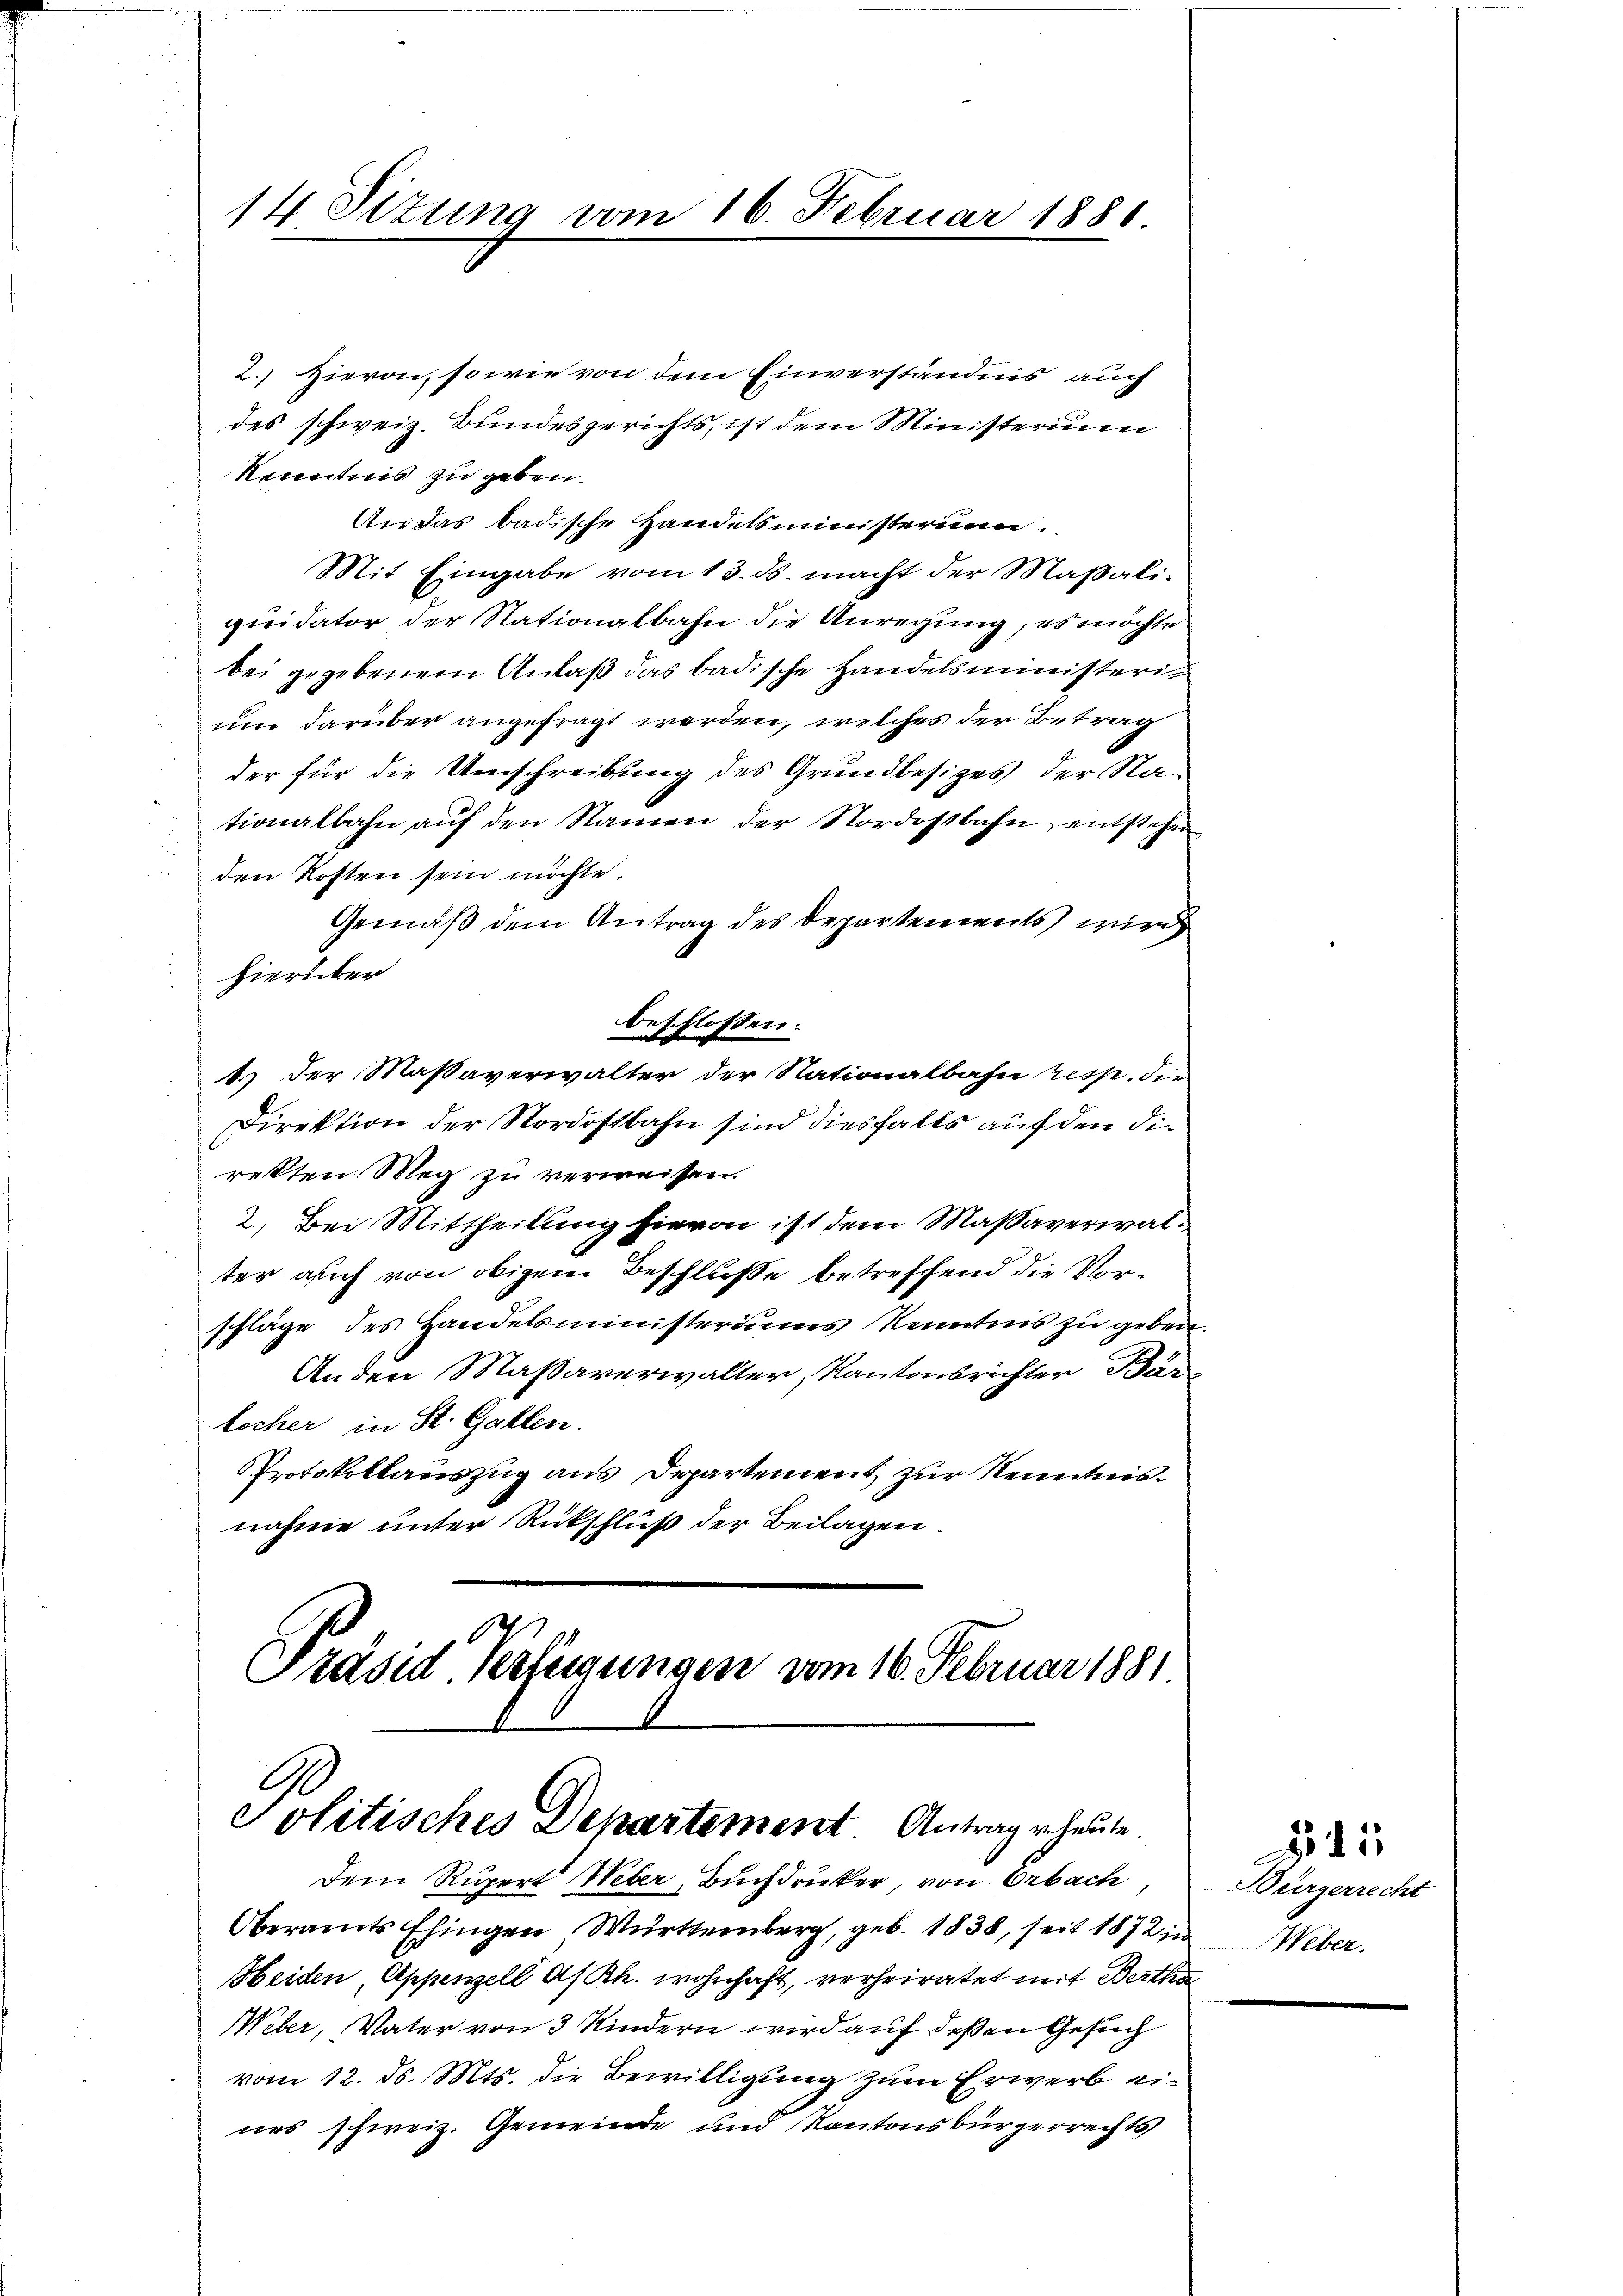
14 Sizung vom 16. Februar 1880

2.) Hievon, so wie von dem Einverständnis auch
des schweiz. Bundesgerichts, ist dem Ministerium
Renntnis zu geben.
An das badische Handelsministerian.
Mit Eingabe vom 13. ds. macht der Maßaliquidator der Nationalbahn die Anregung, es möchte
bei gegebenem Anlaß das badische Handelsministerium darüber angefragt werden, welches der Betrag
der für die Umschreibung des Grundbesizes der Nationalbahn auf den Namen der Nordostbahn entstehen
den Kosten sein möchte.
Gemäß dem Antrag des Departements wird
hierüber
beschlossen:
1) der Maßaverwalter der Nationalbahn resp. die
Direktion der Nordostbahn sind diesfalls auf den direkten Weg zu verweissen.
I. Bei Mittheilung hievon ist dem Massaverwalter auch von obigem Beschlusse betreffend die Vorschläge des Handelsministeriums Kenntnis zu geben.
Anden Maßaverwalter, Kantonsrichter Bär
locher in St. Gallen.
PProtokollauszug aus Departement zur Kenntnisnahme unter Rückschluß der Beilagen.

Präsid Verfügungen vom 16. Februar 1881
.
Politisches Departement Antrag v. heute
Dem Rupert Weber, Buchdrucker, von Oebach,

Oberamts Ehingen Württemberg, geb. 1838, seit 1872 in
Heiden, Appenzell A/Rh. wohnhaft, verheiratet mit Berthe
Weber, Vater von 3 Kindern wird auf deßen Gesuch
vom 12. ds. Mts. die Bewilligung zum Erwerb eines schweiz. Gemeinde und Kantonsbürgerrechts

15
Bürgerrecht
Weber.